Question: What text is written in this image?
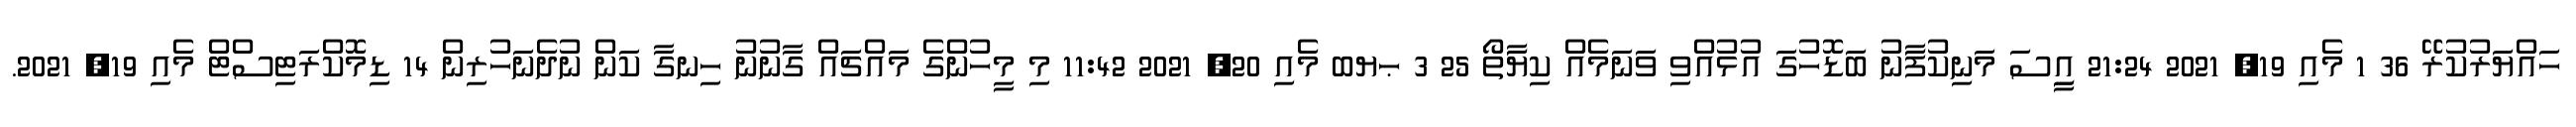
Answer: ހައްޔަރުކުރޭ 36 1 މެއި 19, 2021 21:24 އިީސަ މަނިކުފަާނު ބަޑޮހުގަ އުޅުއްވި ވަނަމެއް ކިޔަާތޯ 25 3 ޙޔބ މެއި 20, 2021 11:42 މި މީހުންގެ މައްޗައް ގާނުނު ހިނގާ ކަން ނުދެނަހުރިން 14 ޑިމޮކްރަޓިސްޓް މެއި 19, 2021.